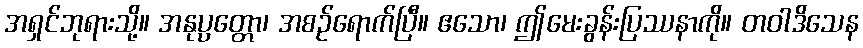
အရှင်ဘုရားသို့။ အနုပ္ပတ္တော၊ အစဉ်ရောက်ပြီ။ ဧသော၊ ဤမေးခွန်းပြဿနာကို။ တဝါဒိသေန